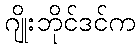
ဂျိုးဘိုင်ဒင်က